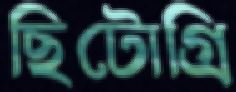
ছিটোগ্রি